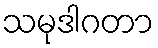
သမုဒါဂတာ